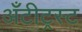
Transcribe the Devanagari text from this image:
अँटीट्रस्ट